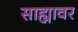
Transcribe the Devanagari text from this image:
साह्यावर